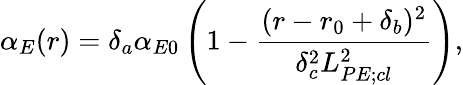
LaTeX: \alpha_{E}(r)=\delta_{a}\alpha_{E0}\left(1-\frac{(r-r_{0}+\delta_{b})^{2}}{\delta_{c}^{2}L_{PE;cl}^{2}}\right),